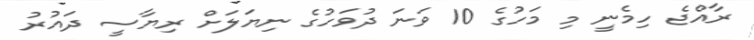
ރާއްޖެ ހިމެނީ މި މަހުގެ 10 ވަނަ ދުވަހުގެ ނިޔަލަށް ރިޔާސީ ދައުރު